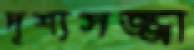
দৃশ্যসজ্জা